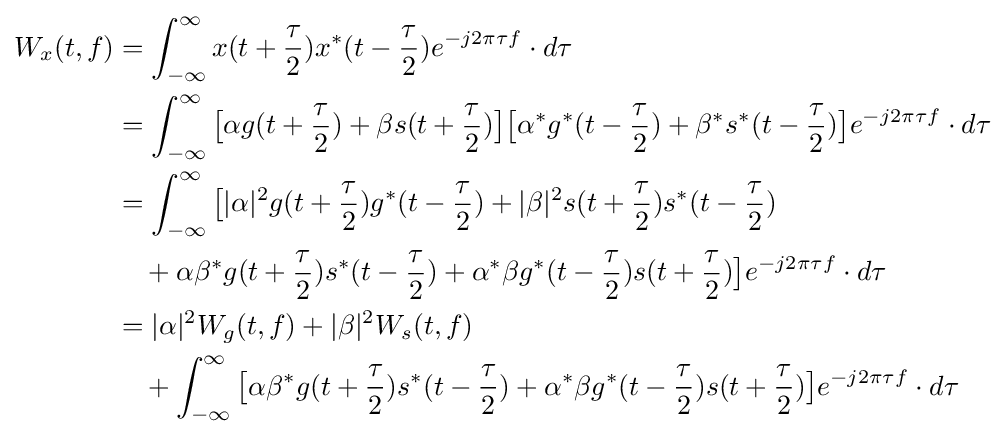
{\begin{aligned}W_{x}(t,f)&=\int _{-\infty }^{\infty }x(t+{\frac {\tau }{2}})x^{*}(t-{\frac {\tau }{2}})e^{-j2\pi \tau f}\cdot d\tau \\&=\int _{-\infty }^{\infty }{\big [}\alpha g(t+{\frac {\tau }{2}})+\beta s(t+{\frac {\tau }{2}}){\big ]}{\big [}\alpha ^{*}g^{*}(t-{\frac {\tau }{2}})+\beta ^{*}s^{*}(t-{\frac {\tau }{2}}){\big ]}e^{-j2\pi \tau f}\cdot d\tau \\&=\int _{-\infty }^{\infty }{\big [}|\alpha |^{2}g(t+{\frac {\tau }{2}})g^{*}(t-{\frac {\tau }{2}})+|\beta |^{2}s(t+{\frac {\tau }{2}})s^{*}(t-{\frac {\tau }{2}})\\&\quad +\alpha \beta ^{*}g(t+{\frac {\tau }{2}})s^{*}(t-{\frac {\tau }{2}})+\alpha ^{*}\beta g^{*}(t-{\frac {\tau }{2}})s(t+{\frac {\tau }{2}}){\big ]}e^{-j2\pi \tau f}\cdot d\tau \\&=|\alpha |^{2}W_{g}(t,f)+|\beta |^{2}W_{s}(t,f)\\&\quad +\int _{-\infty }^{\infty }{\big [}\alpha \beta ^{*}g(t+{\frac {\tau }{2}})s^{*}(t-{\frac {\tau }{2}})+\alpha ^{*}\beta g^{*}(t-{\frac {\tau }{2}})s(t+{\frac {\tau }{2}}){\big ]}e^{-j2\pi \tau f}\cdot d\tau \\\end{aligned}}